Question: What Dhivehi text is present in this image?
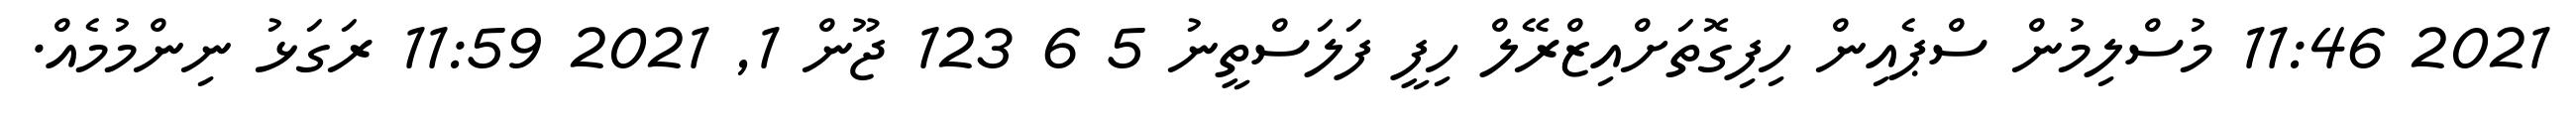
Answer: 2021 11:46 މުސްލިމުން ސްޕެއިން ހިފިގޮތަށްއިޒްރޭލް ހިފީ ފަލަސްތީނު 5 6 123 ޖޫން 1, 2021 11:59 ރަގަޅު ނިންމުމެއް.